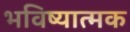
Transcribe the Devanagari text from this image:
भविष्यात्मक